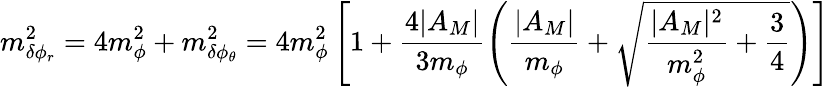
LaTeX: m_{\delta\phi_{r}}^{2}=4m_{\phi}^{2}+m_{\delta\phi_{\theta}}^{2}=4m_{\phi}^{2}\left[1+\frac{4|A_{M}|}{3m_{\phi}}\left(\frac{|A_{M}|}{m_{\phi}}+\sqrt{\frac{|A_{M}|^{2}}{m_{\phi}^{2}}+\frac{3}{4}}\right)\right]